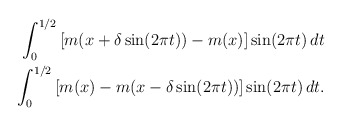
\begin{align*}\begin{aligned} \int_{0}^{1/2}\left[m(x +\delta\sin(2\pi t))- m(x)\right]\sin(2\pi t)\,dt \\ \int_{0}^{1/2}\left[m(x)-m( x-\delta\sin(2\pi t)) \right]\sin(2\pi t)\,dt.\end{aligned}\end{align*}